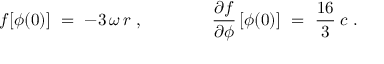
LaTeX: f [ \phi ( 0 ) ] \ = \ - 3 \, \omega \, r \ , \qquad \qquad \frac { \partial f } { \partial \phi } \, [ \phi ( 0 ) ] \ = \ \frac { 1 6 } { 3 } \: c \ .